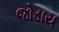
જોડાય